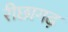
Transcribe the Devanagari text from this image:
रीछागढ़